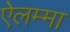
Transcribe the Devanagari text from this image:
ऐलम्मा